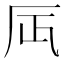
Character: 𠨷